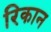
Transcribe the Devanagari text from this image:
रिकान